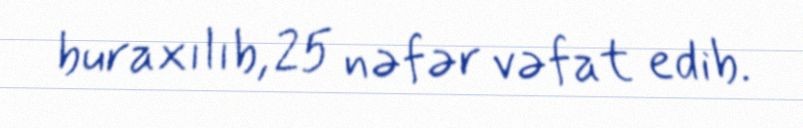
buraxılıb, 25 nəfər vəfat edib.